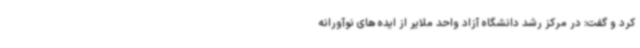
کرد و گفت: در مرکز رشد دانشگاه آزاد واحد ملایر از ایده های نوآورانه